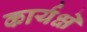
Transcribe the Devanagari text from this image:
कार्यक्षे